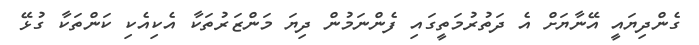
ގެންދިޔައީ އޭނާޔަށް އެ ދަތުރުމަތީގައި ފެންނަމުން ދިޔަ މަންޒަރުތަކާ އެކިއެކި ކަންތަކާ ގުޅޭ